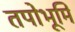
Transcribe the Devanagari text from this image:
तपोभूमि